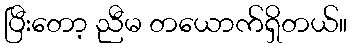
ပြီးတော့ ညီမ တယောက်ရှိတယ်။